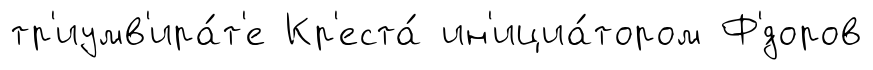
тр'иумв'ира́т'е Кр'еста́ ин'ициа́тором Ф'́доров